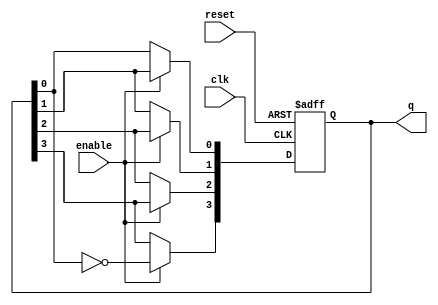
module johnson_counter (
    input wire clk,      // Clock signal
    input wire reset,    // Asynchronous reset signal
    input wire enable,   // Optional enable signal
    output reg [3:0] q   // 4-bit output representing the current state
);

// State transition logic
always @(posedge clk or posedge reset) begin
    if (reset) begin
        q <= 4'b0000; // Reset the counter to 0000
    end else if (enable) begin
        q[3] <= ~q[0]; // Feedback inverted output of the last flip-flop to the first
        q[2] <= q[3];  // Shift state to the right
        q[1] <= q[2];  // Shift state to the right
        q[0] <= q[1];  // Shift state to the right
    end
end

endmodule